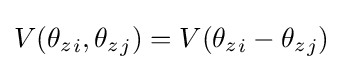
V({\theta _{z}}_{i},{\theta _{z}}_{j})=V({\theta _{z}}_{i}-{\theta _{z}}_{j})